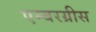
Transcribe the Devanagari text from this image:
एम्बरग्रीस